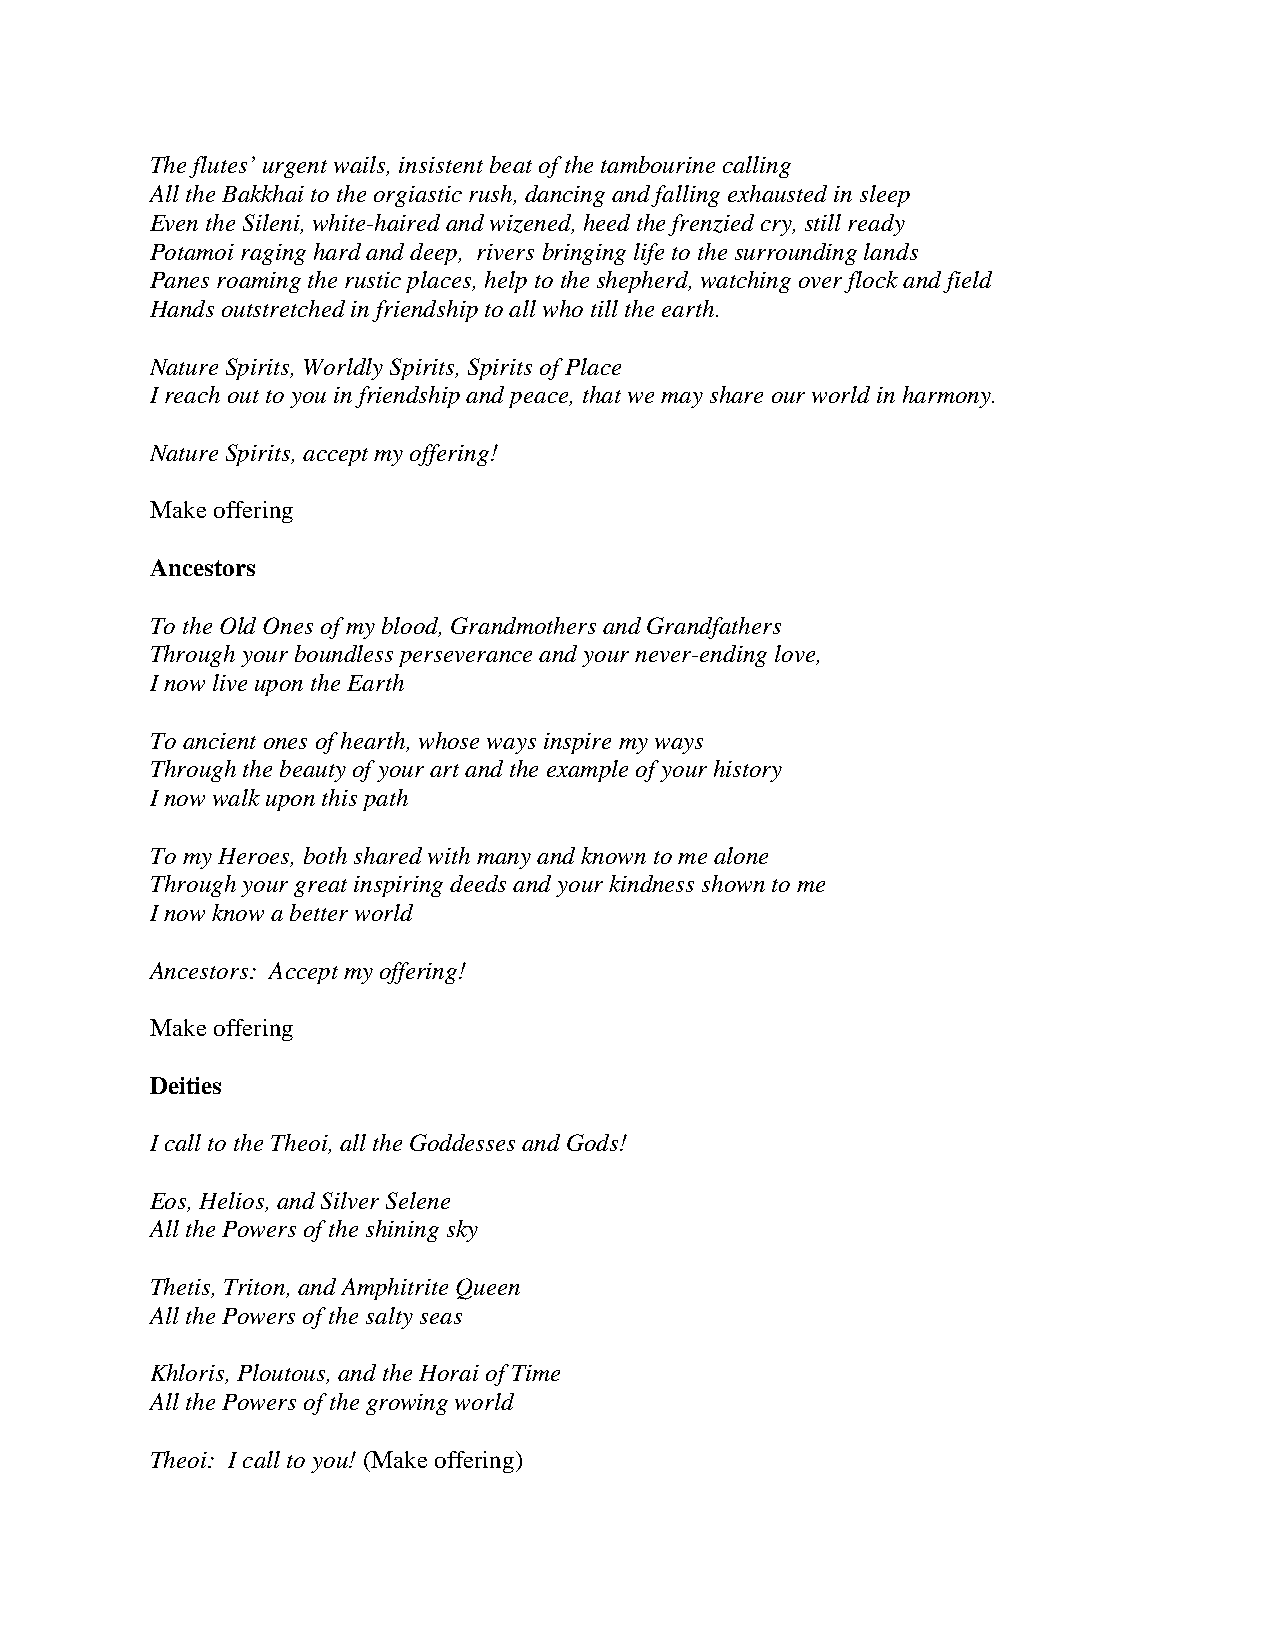
The flutes’ urgent wails, insistent beat of the tambourine calling
 All the Bakkhai to the orgiastic rush, dancing and falling exhausted in sleep
 Even the Sileni, white-haired and wizened, heed the frenzied cry, still ready
 Potamoi raging hard and deep, rivers bringing life to the surrounding lands
 Panes roaming the rustic places, help to the shepherd, watching over flock and field
 Hands outstretched in friendship to all who till the earth.
 Nature Spirits, Worldly Spirits, Spirits of Place
 I reach out to you in friendship and peace, that we may share our world in harmony.
 Nature Spirits, accept my offering!
 Make offering
 Ancestors
 To the Old Ones of my blood, Grandmothers and Grandfathers
 Through your boundless perseverance and your never-ending love,
 I now live upon the Earth
 To ancient ones of hearth, whose ways inspire my ways
 Through the beauty of your art and the example of your history
 I now walk upon this path
 To my Heroes, both shared with many and known to me alone
 Through your great inspiring deeds and your kindness shown to me
 I now know a better world
 Ancestors: Accept my offering!
 Make offering
 Deities
 I call to the Theoi, all the Goddesses and Gods!
 Eos, Helios, and Silver Selene
 All the Powers of the shining sky
 Thetis, Triton, and Amphitrite Queen
 All the Powers of the salty seas
 Khloris, Ploutous, and the Horai of Time
 All the Powers of the growing world
 Theoi: I call to you! (Make offering)